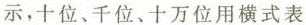
示，十位、千位、十万位用横式表